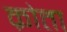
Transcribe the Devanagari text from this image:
क्रोता